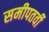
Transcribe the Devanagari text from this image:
समीपतर्वी